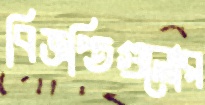
বিজ্ঞপ্তিগুলোর